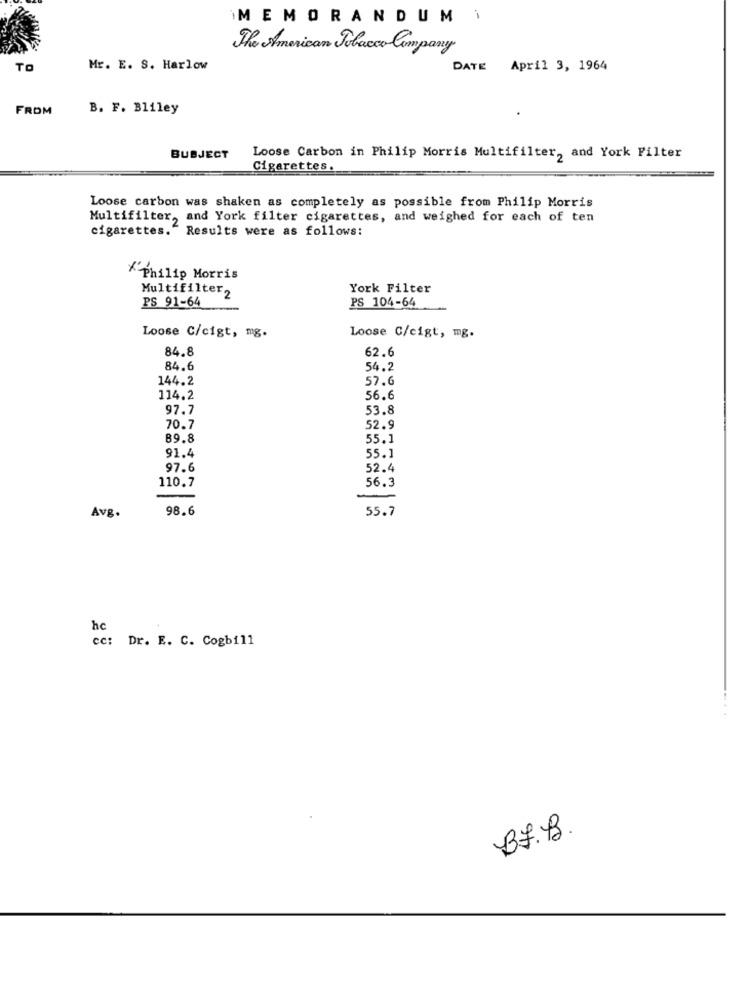
İMEMORANDUMI
The American Tobacco Company
TO
Mr. E. S. Harlow
DATE April 3, 1964
FROM
B. F. Bliley
BUBJECT
Loose Carbon in Philip Morris Multifilter, and York Filter
Cigarettes.
Loose carbon was shaken as completely as possible from Philip Morris
Multifilter, and York filter cigarettes, and weighed for each of ten
cigarettes." Results were as follows:
*Philip Morris
Multifilter2
York Filter
PS 91-64
PS 104-64
-
Loose C/cigt, mg.
Loose C/cigt, mg.
84.8
62.6
84.6
54.2
144.2
57.6
114.2
56.6
97.7
53.8
70.7
52.9
89.8
55.1
91.4
55.1
97.6
52.4
110.7
56.3
98.6
55.7
Avg.
he
cc: Dr. E. C. Cogbill
B7.B.